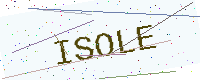
Text: ISOLE